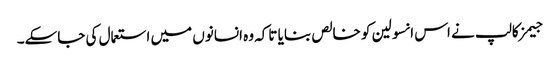
جیمز کالپ نے اس انسولین کو خالص بنایا تاکہ وہ انسانوں‌ میں‌ استعمال کی جاسکے۔